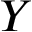
Y